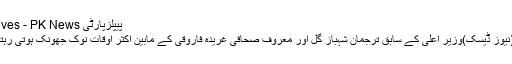
پیپلزپارٹی Archives - PK News
لاہور (نیوز ڈیسک)وزیر اعلیٰ کے سابق ترجمان شہباز گل اور معروف صحافی غریدہ فاروقی کے مابین اکثر اوقات نوک جھونک ہوتی رہتی تھی۔